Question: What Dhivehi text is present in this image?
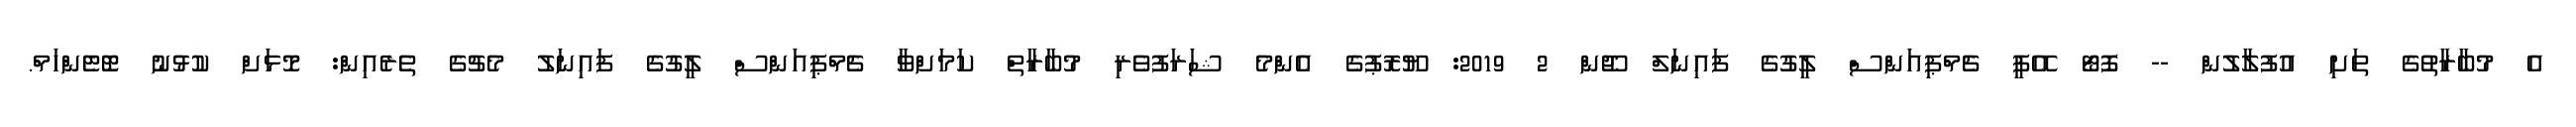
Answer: އެ މުބާރާތުގެ ތަށި އުފުލާލުން -- ފޮޓޯ އޭޕީ ޗެމްޕިއަންސް ލީގުގެ ފައިނަލް ޖޫން 2 2019: ޔޫރޮޕުގެ އެންމެ ޝަރަފުވެރި މުބާރާތް ކަމަށްވާ ޗެމްޕިއަންސް ލީގުގެ ފައިނަލު މެޗުގެ ތެރެއިން: މޮޅަށް ކުޅުނު ޓޮޓެންހަމް.